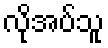
လိုအပ်သူ